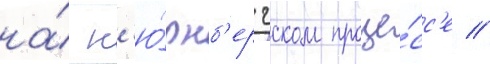
на́ н'ю́рнб'ергском проце́сс'е //